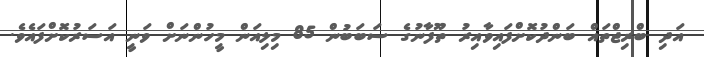
އަދި ބްރިޖްތައް ބަންދުކޮށްފައިވާއިރު ތޫފާނުގެ ސަބަބުން 85 މިލިއަން މީހުންނަށް ވަނީ އަސަރުކޮށްފައެވެ.